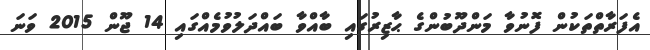
އެފަރާތްތަކުން ފޮނުވާ މަންދޫބުންގެ ޙާޒިރުގައި ބާއްވާ ބައްދަލުވުމެއްގައި 14 ޖޫން 2015 ވަނަ